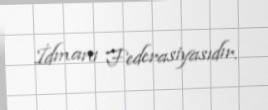
İdmanı Federasiyasıdır.